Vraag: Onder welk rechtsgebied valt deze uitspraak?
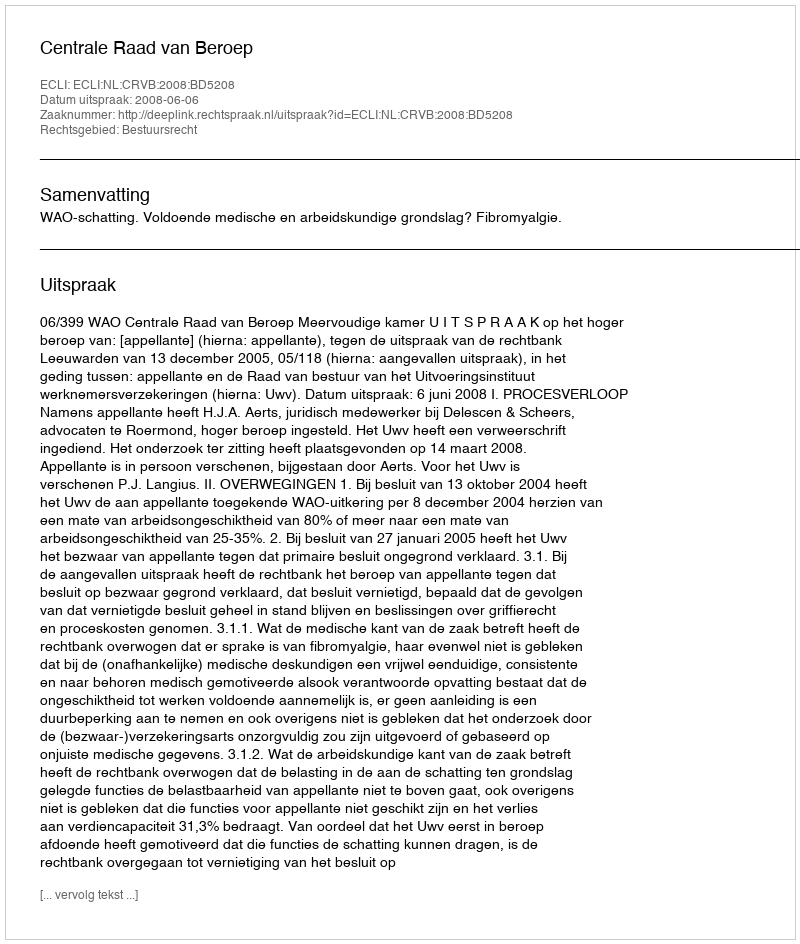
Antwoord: Bestuursrecht